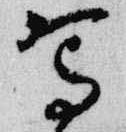
写